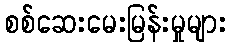
စစ်ဆေးမေးမြန်းမှုများ